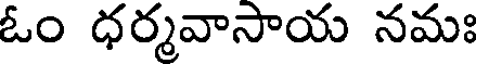
ఓం ధర్మవాసాయ నమః